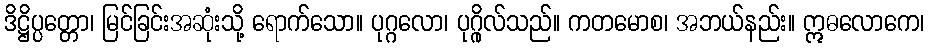
ဒိဋ္ဌိပ္ပတ္တော၊ မြင်ခြင်းအဆုံးသို့ ရောက်သော။ ပုဂ္ဂလော၊ ပုဂ္ဂိုလ်သည်။ ကတမောစ၊ အဘယ်နည်း။ ဣဓလောကေ၊